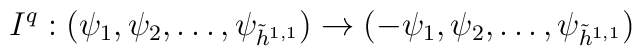
I^q:(\psi_1,\psi_2,\dots,\psi_{\tilde{h}^{1,1}}) \to (-\psi_1,\psi_2,\dots,\psi_{\tilde{h}^{1,1}})